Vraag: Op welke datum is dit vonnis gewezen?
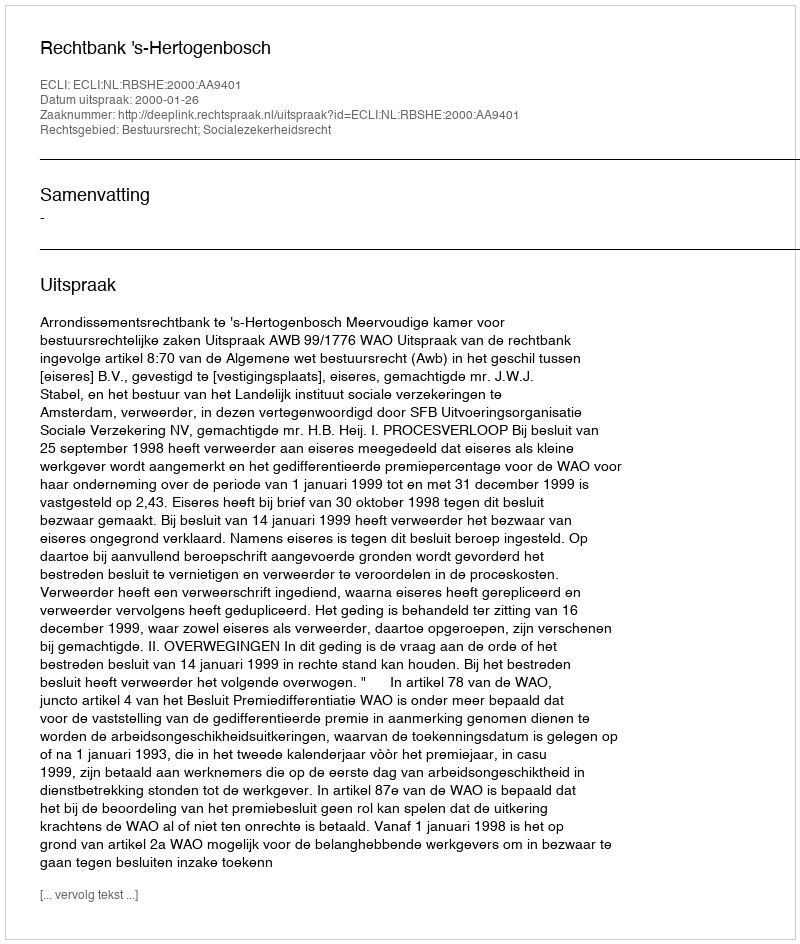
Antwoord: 2000-01-26